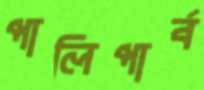
পালিপার্ব